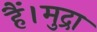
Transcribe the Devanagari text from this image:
हैं।मुद्रा